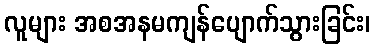
လူများ အစအနမကျန်ပျောက်သွားခြင်း၊